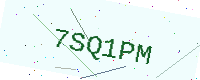
Text: 7SQ1PM